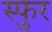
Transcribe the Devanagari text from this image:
स्‍फुर